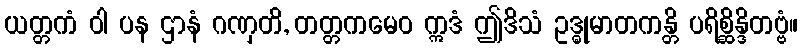
ယတ္တကံ ဝါ ပန ဌာနံ ဂဏှတိ, တတ္တကမေဝ ဣဒံ ဤဒိသံ ဥဒ္ဓုမာတကန္တိ ပရိစ္ဆိန္ဒိတဗ္ဗံ။